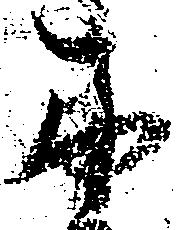
木